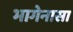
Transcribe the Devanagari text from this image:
भागेनासा